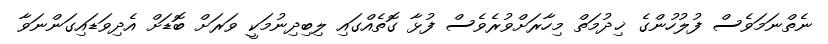
ނެތްނަމަވެސް ފުލުހުންގެ ޚިދުމަތް މިހާރަށްވުރެވެސް ފުޅާ ގޮތެއްގައި ލިބިދިނުމަކީ ވަރަށް ބޮޑަށް އެދިވަޑައިގަންނަވާ